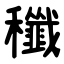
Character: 䆎